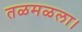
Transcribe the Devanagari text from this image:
तळमळला।